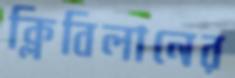
ক্লিবিলানের